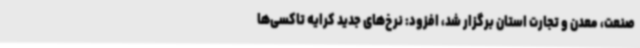
صنعت، معدن و تجارت استان برگزار شد، افزود: نرخ‌های جدید کرایه تاکسی‌ها